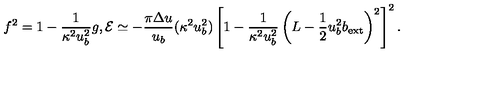
f ^ { 2 } = 1 - \frac { 1 } { \kappa ^ { 2 } u _ { b } ^ { 2 } } g , { \cal E } \simeq - \frac { \pi \Delta u } { u _ { b } } ( \kappa ^ { 2 } u _ { b } ^ { 2 } ) \left[ 1 - \frac { 1 } { \kappa ^ { 2 } u _ { b } ^ { 2 } } \left( L - \frac { 1 } { 2 } u _ { b } ^ { 2 } b _ { \mathrm { e x t } } \right) ^ { 2 } \right] ^ { 2 } .